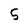
Character: 5